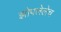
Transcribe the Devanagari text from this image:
झोपलेलेच